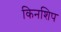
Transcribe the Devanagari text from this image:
किनशिप